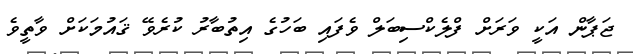
ޖަޕާން އަކީ ވަރަށް ފްލެކްސިބަލް ވެފައި ބަހުގެ އިތުބާރު ކުރެވޭ ޤައުމަކަށް ވާތީވެ